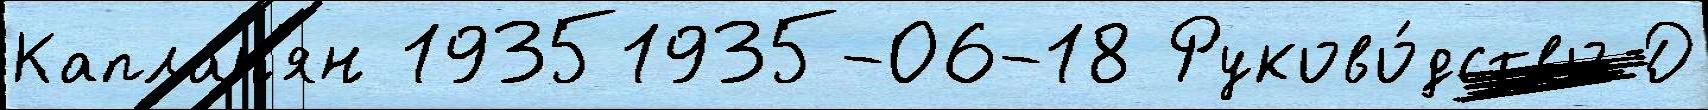
Каплан'ян 19351935-06-18 Руково́дство Д